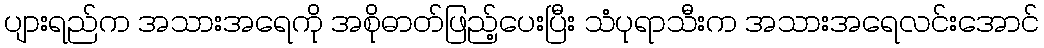
ပျားရည်က အသားအရေကို အစိုဓာတ်ဖြည့်ပေးပြီး သံပုရာသီးက အသားအရေလင်းအောင်